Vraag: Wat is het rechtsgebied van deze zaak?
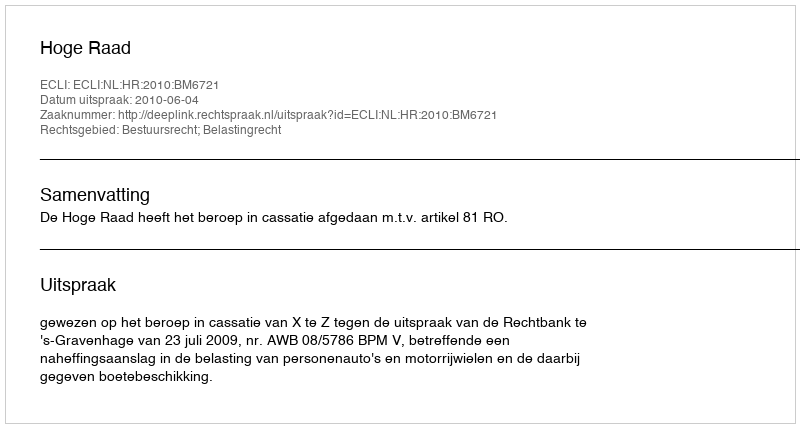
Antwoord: Bestuursrecht; Belastingrecht